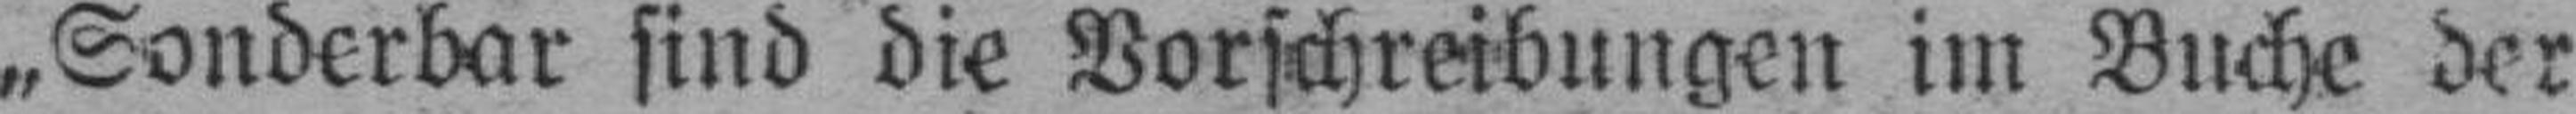
„Sonderbar sind die Vorschreibungen im Buche der